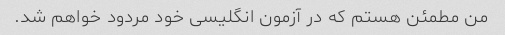
من مطمئن هستم که در آزمون انگلیسی خود مردود خواهم شد.